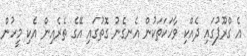
އެ ގްރޫޕުގައި ދެއްކި ވާހަކަތަކުން އެނގެނު ގޮތުގައި އޭގެ ތެރެއިން އެކި މީހުން